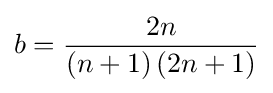
b={\frac {2n}{\left(n+1\right)\left(2n+1\right)}}